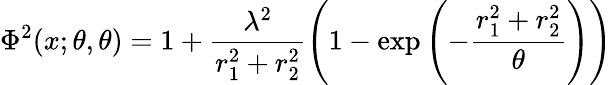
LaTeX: \Phi^{2}(x;\theta,\theta)=1+\frac{\lambda^{2}}{r_{1}^{2}+r_{2}^{2}}\left(1-\exp\left(-\frac{r_{1}^{2}+r_{2}^{2}}{\theta}\right)\right)